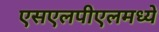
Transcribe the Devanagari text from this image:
एसएलपीएलमध्ये